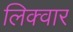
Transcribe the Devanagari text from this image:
लिक्वार